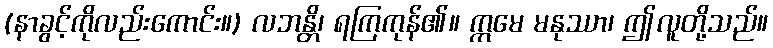
(နာခွင့်ကိုလည်းကောင်း။) လဘန္တိ၊ ရကြကုန်၏။ ဣမေ မနုဿာ၊ ဤလူတို့သည်။